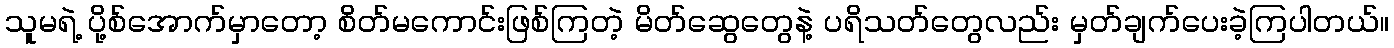
သူမရဲ့ ပို့စ်အောက်မှာတော့ စိတ်မကောင်းဖြစ်ကြတဲ့ မိတ်ဆွေတွေနဲ့ ပရိသတ်တွေလည်း မှတ်ချက်ပေးခဲ့ကြပါတယ်။